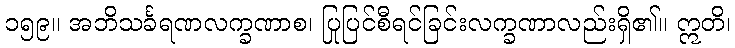
၁၅၉။ အဘိသင်္ခရဏလက္ခဏာစ၊ ပြုပြင်စီရင်ခြင်းလက္ခဏာလည်းရှိ၏။ ဣတိ၊